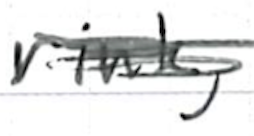
Text: rink,
Cross-out: scratch
Writing tool: ballpoint